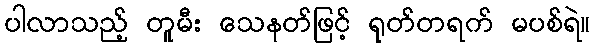
ပါလာသည့် တူမီး သေနတ်ဖြင့် ရုတ်တရက် မပစ်ရဲ။